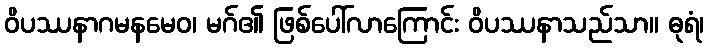
ဝိပဿနာဂမနမေဝ၊ မဂ်၏ ဖြစ်ပေါ်လာကြောင်း ဝိပဿနာသည်သာ။ ဓုရံ၊